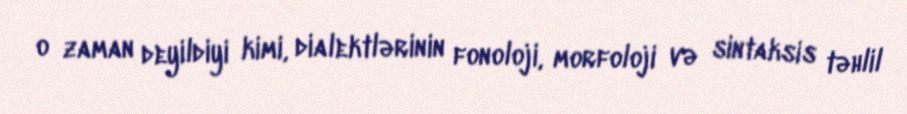
o zaman deyildiyi kimi, dialektlərinin fonoloji, morfoloji və sintaksis təhlil